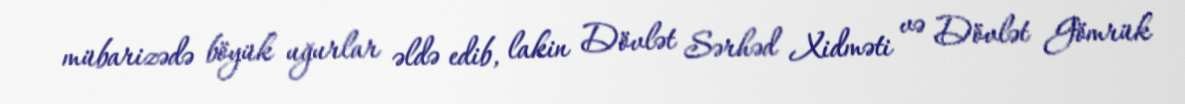
mübarizədə böyük uğurlar əldə edib, lakin Dövlət Sərhəd Xidməti və Dövlət Gömrük